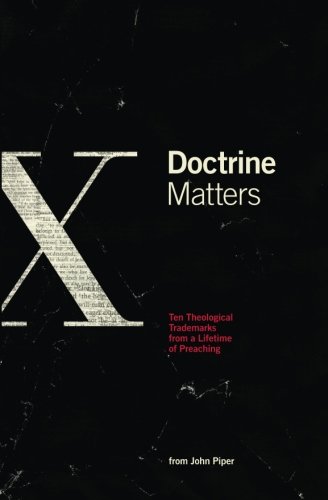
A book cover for Doctrine Matters: Ten Theological Trademarks From a Lifetime of Preaching; John Piper; Christian Books & Bibles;